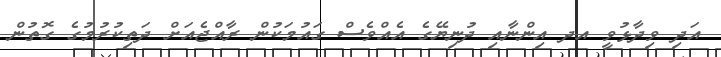
އަދި ވިދާޅުވީ އދ އިންނާއި ދުނިޔޭގެ އެއްވެސް ގައުމަކުން ރާއްޖެއަށް ދަތިކުރުމުގެ ގޮތުން